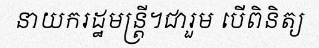
នាយករដ្ឋមន្ត្រី។ជារួម បើពិនិត្យ